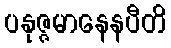
ပနုဇ္ဇမာနေနပီတိ